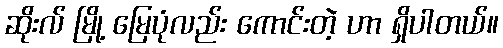
ဆိုးလ် မြို့ မြေပုံလည်း ကောင်းတဲ့ ဟာ ရှိပါတယ်။